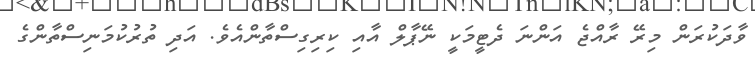
ވާދަކުރަން މިރޭ ރާއްޖެ އަންނަ ދެޓީމަކީ ނޭޕާލް އާއި ކިރިގިސްތާންއެވެ. އަދި ތުރުކުމަނިސްތާންގެ